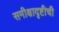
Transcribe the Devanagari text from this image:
समीक्षादृष्टीची